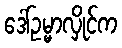
ဒေါ်ဥမ္မာလှိုင်က